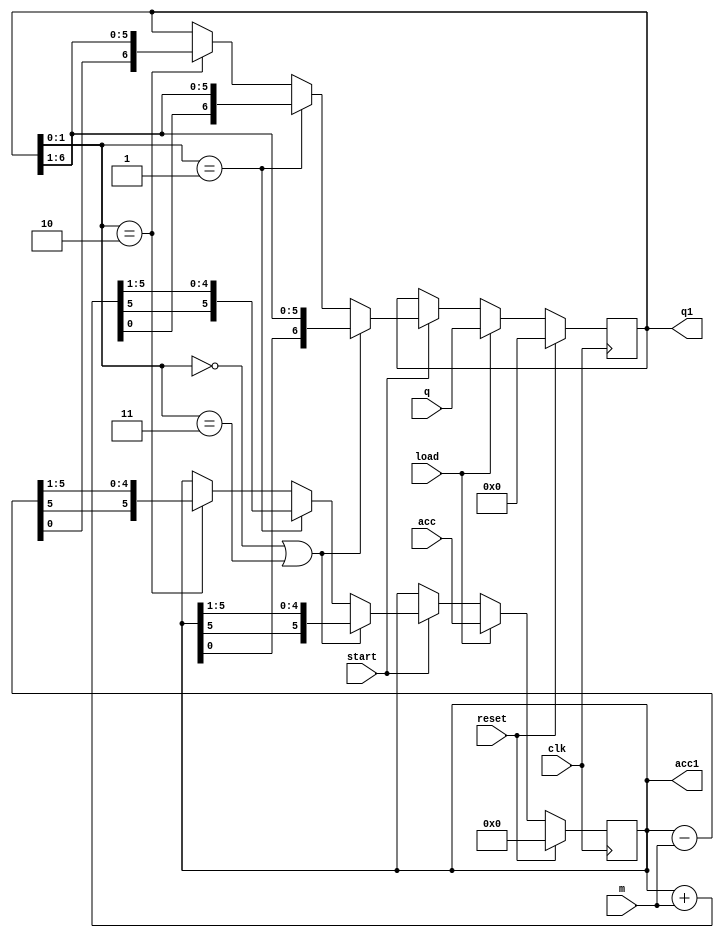
`timescale 1ns / 1ps
//////////////////////////////////////////////////////////////////////////////////
// Company: 
// Engineer: 
// 
// Design Name: 
// Module Name:    multiplier 
// Project Name: 
// Target Devices: 
// Tool versions: 
// Description: 
//
// Dependencies: 
//
// Revision: 
// Revision 0.01 - File Created
// Additional Comments: 
//
//////////////////////////////////////////////////////////////////////////////////
module multiplier(input [6:0] q, input [5:0] acc, input [5:0] m , input load,
	input clk , input start, input reset,
	output reg[5:0]  acc1, output reg [6:0] q1
    );
	wire [6:0] sum;
	wire [6:0] diff;
	assign sum = acc1+m;
	assign diff = acc1-m;
	always @(posedge clk)
	begin
	if(reset)
	begin
		acc1 =6'b000000;
		q1=7'b0000000;
	end	
	else 
	begin
	if(start)
	begin
		if(q1[1:0] == 2'b00 || q1[1:0] == 2'b11)
			{acc1,q1} = {acc1[5],acc1,q1[6:1]};
		else if(q1[1:0] == 2'b01)
			{acc1,q1} = {sum[5],sum[5:0],q1[6:1]};
		else if(q1[1:0] == 2'b10)
			{acc1,q1} = {diff[5],diff[5:0],q1[6:1]};
	end	
	if(load)
	begin
		acc1 = acc;
		q1 = q; 
	end
	end
	end

endmodule